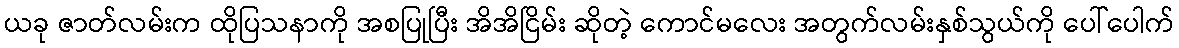
ယခု ဇာတ်လမ်းက ထိုပြသနာကို အစပြုပြီး အိအိငြိမ်း ဆိုတဲ့ ကောင်မလေး အတွက်လမ်းနှစ်သွယ်ကို ပေါ်ပေါက်